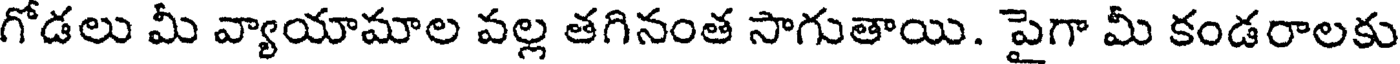
గోడలు మీ వ్యాయామాల వల్ల తగినంత సాగుతాయి. పైగా మీ కండరాలకు